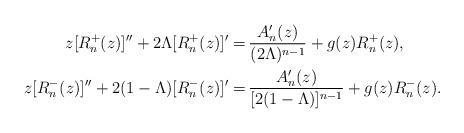
LaTeX: \begin{align*}z[R_n^+(z)]''+2\Lambda [R_n^+(z)]'=&\, {A_n'(z)\over(2\Lambda )^{n-1}}+g(z)R_n^+(z), \\z[R_n^-(z)]''+2(1-\Lambda )[R_n^-(z)]'=&\, {A_n'(z)\over[2(1-\Lambda )]^{n-1}}+g(z)R_n^-(z).\end{align*}